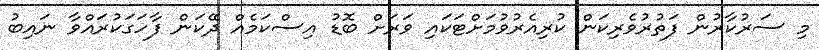
މި ސަރުކާރުން ފަތުރުވެރިކަން ކުރިއެރުވުމަށްޓަކައި ވަރަށް ބޮޑު އިސްކަމެއް ދޭކަން ފާހަގަކުރައްވާ ނައިބު